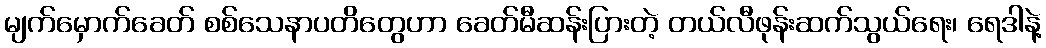
မျက်မှောက်ခေတ် စစ်သေနာပတိတွေဟာ ခေတ်မီဆန်းပြားတဲ့ တယ်လီဖုန်းဆက်သွယ်ရေး၊ ရေဒါနဲ့